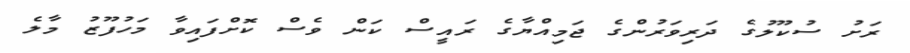
ރަށު ސުކޫލުގެ ދަރިވަރުންގެ ޖަމިއްޔާގެ ރައީސް ކަން ވެސް ކޮށްފައިވާ މަހުފޫޒު މާލެ